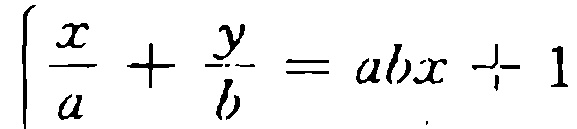
\(\frac{x}{a}+\frac{y}{b}=abx + 1\)